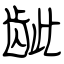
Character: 龇